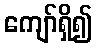
ကျော်ရှိ၍